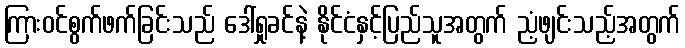
ကြားဝင်စွက်ဖက်ခြင်းသည် ဒေါ်ရှုခင်နဲ့ နိုင်ငံနှင့်ပြည်သူအတွက် ညံ့ဖျင်းသည့်အတွက်